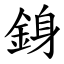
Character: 銵